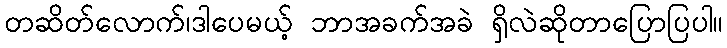
တဆိတ်လောက်၊ဒါပေမယ့် ဘာအခက်အခဲ ရှိလဲဆိုတာပြောပြပါ။